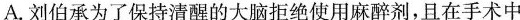
A.刘伯承为了保持清醒的大脑拒绝使用麻醉剂，且在手术中